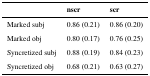
<table><thead><tr><td></td><td><b>nscr</b></td><td><b>scr</b></td></tr></thead><tbody><tr><td>Marked subj</td><td>0.86 (0.21)</td><td>0.86 (0.20)</td></tr><tr><td>Marked obj</td><td>0.80 (0.17)</td><td>0.76 (0.25)</td></tr><tr><td>Syncretized subj</td><td>0.88 (0.19)</td><td>0.84 (0.23)</td></tr><tr><td>Syncretized obj</td><td>0.68 (0.21)</td><td>0.63 (0.27)</td></tr></tbody></table>